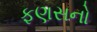
ફણસનો